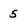
Character: 5